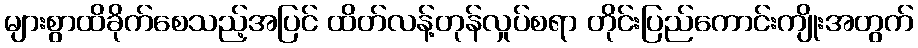
များစွာထိခိုက်စေသည့်အပြင် ထိတ်လန့်တုန်လှုပ်စရာ တိုင်းပြည်ကောင်းကျိုးအတွက်